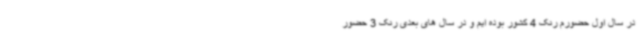
در سال اول حضورم رنک 4 کشور بوده ایم و در سال های بعدی رنک 3 حضور